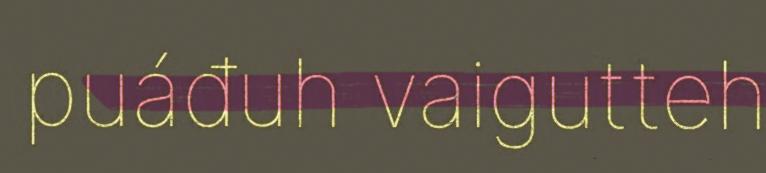
puáđuh vaigutteh